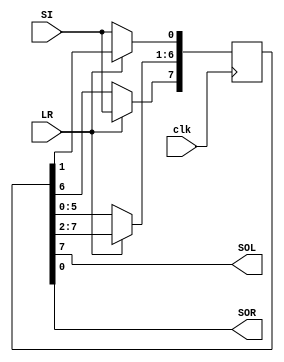
module ShiftLR (clk, SI, LR, SOL, SOR);

input clk, SI, LR;
output SOL, SOR;
reg [7:0] tmp;

    always @(posedge clk)
    begin
        // Left
        if (!LR) begin
            tmp = tmp << 1;
            tmp[0] = SI;
        end
        // Right
        else begin
            tmp = tmp >> 1;
            tmp[7] = SI;
        end
    end

    assign SOL  = tmp[7];
    assign SOR  = tmp[0];
    
endmodule